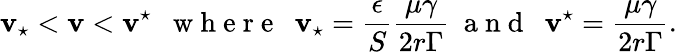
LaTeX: \mathbf{v}_{\star}<\mathbf{v}<\mathbf{v}^{\star}\ \ \mathrm{{~w~h~e~r~e~}}\ \ \mathbf{v}_{\star}=\frac{{\epsilon}}{{S}}\frac{{\mu\gamma}}{{2r\Gamma}}\ \mathrm{{~a~n~d~}}\ \ \mathbf{v}^{\star}=\frac{{\mu\gamma}}{{2r\Gamma}}.